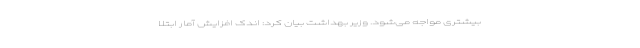
بیشتری مواجه می‌شود. وزیر بهداشت بیان کرد: اندک افزایش آمار ابتلا